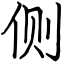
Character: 侧